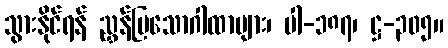
သွားနိုင်ရန် ညွှန်ပြသောဂါထာများ၊ ပါ-၁၈၇၊ ဋ္ဌ-၃၀၅။